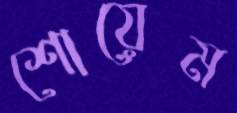
শোয়েম